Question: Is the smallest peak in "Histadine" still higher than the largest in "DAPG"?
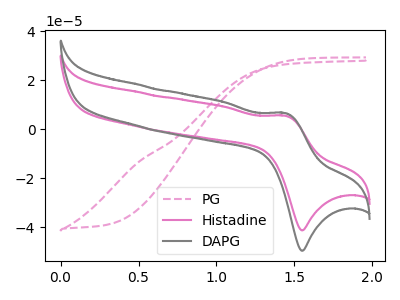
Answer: <think>The pink dashed curve "PG" has no peaks. The pink curve "Histadine" has an anodic peak at (1.45V, 5.45uA) and a cathodic peak at (1.55V, -41.25uA). The gray curve "DAPG" has an anodic peak at (1.45V, 6.55uA) and a cathodic peak at (1.55V, -49.55uA).</think>
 <answer>Every peak in "Histadine" is lower than every peak in "DAPG".</answer>
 <eval>lower</eval>